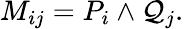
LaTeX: M_{ij}=P_{i}\land\mathcal{Q}_{j}.